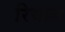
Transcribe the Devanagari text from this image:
रियाने